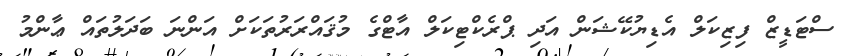
ސްޓަޑީޒް ފިޒިކަލް އެޑިޔުކޭޝަން އަދި ޕްރެކްޓިކަލް އާޓްގެ މުޤައްރަރުތަކަށް އަންނަ ބަދަލުތައް ޢާންމު